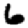
Digit: 6